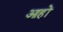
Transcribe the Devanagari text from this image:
आहों